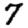
Digit: 7